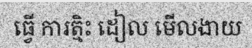
ធ្វើ ការត្មិះ ដៀល មើលងាយ